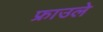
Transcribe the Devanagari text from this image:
फ्राउले